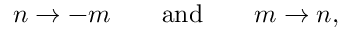
n \rightarrow - m \qquad \mathrm { a n d } \qquad m \rightarrow n ,